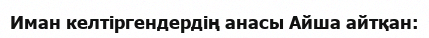
Иман келтіргендердің анасы Айша айтқан: